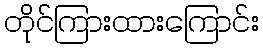
တိုင်ကြားထားကြောင်း